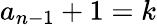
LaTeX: a_{n-1}+1=k